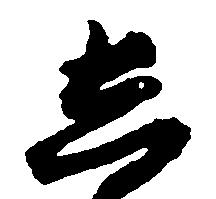
し